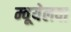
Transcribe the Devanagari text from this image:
म्वूयेलवा